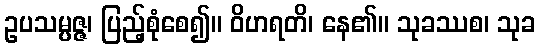
ဥပသမ္ပဇ္ဇ၊ ပြည့်စုံစေ၍။ ဝိဟရတိ၊ နေ၏။ သုခဿစ၊ သုခ